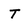
Character: T